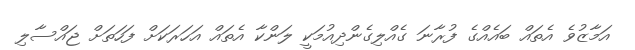
އަމާޒުވެ އެތައް ބައެއްގެ ފުރާނަ ގެއްލިގެންދިއުމަކީ ލަންކާ އެތައް އަހަރަކަށް ފަހަތަށް ޖައްސާލި